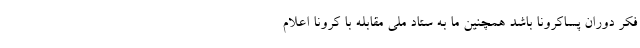
فکر دوران پساکرونا باشد همچنین ما به ستاد ملی مقابله با کرونا اعلام